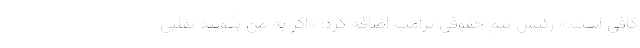
کافی است.» رئیس تیم حقوقی ترامپ اضافه کرد: «اگر به من بگویید تقلبی